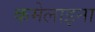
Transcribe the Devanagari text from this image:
कमेलाइना